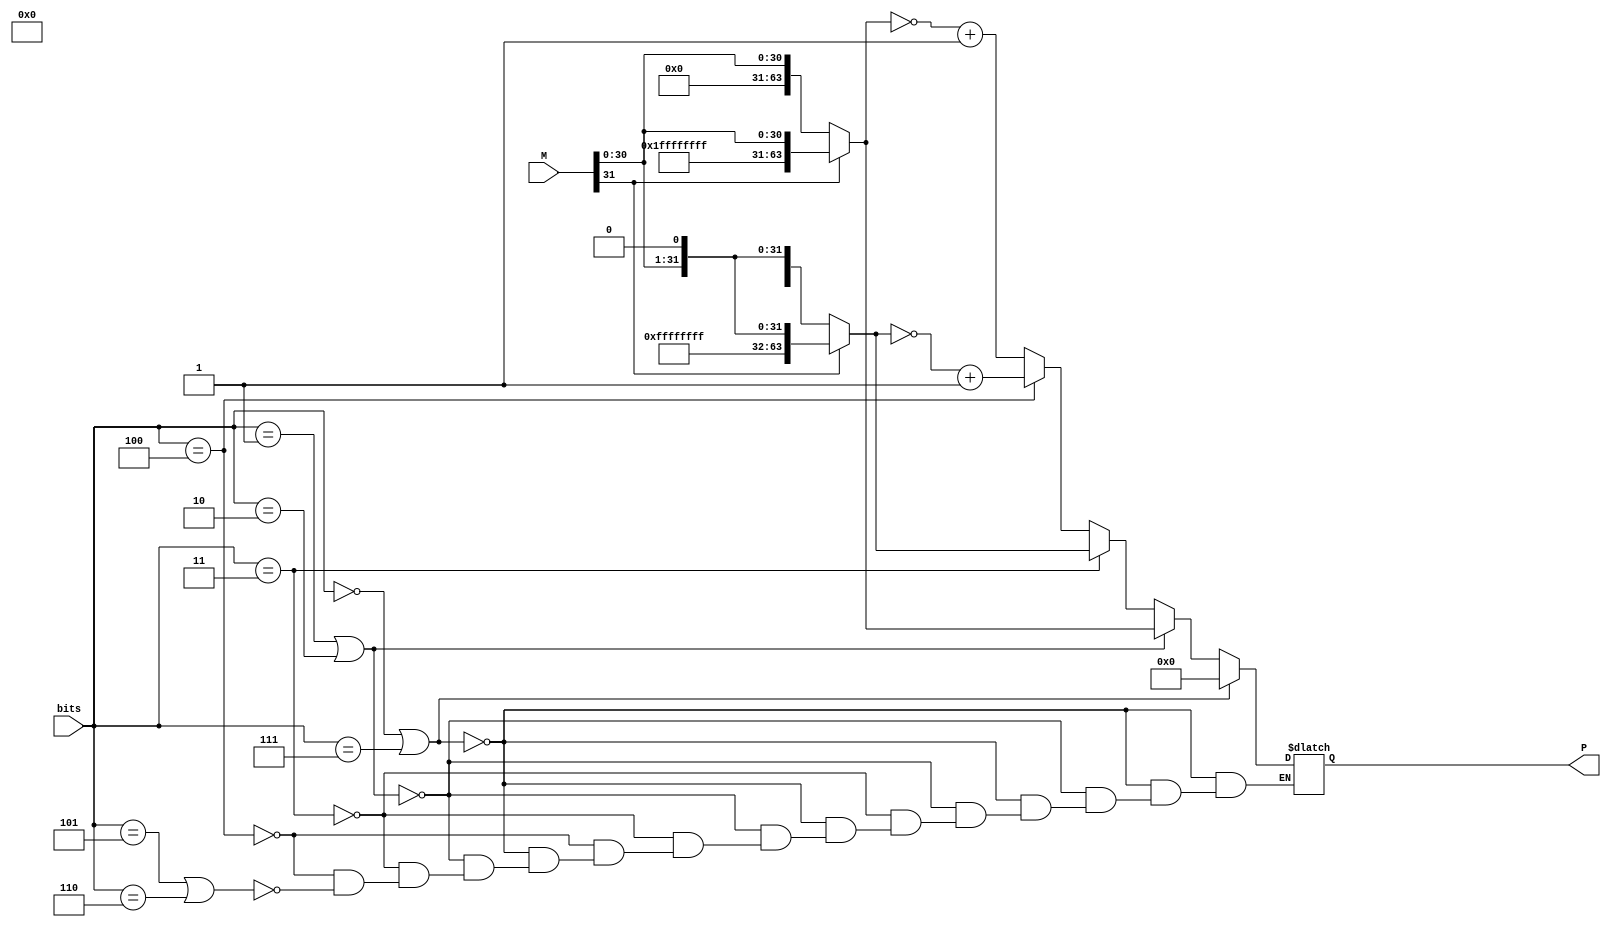
module Booth_encoder(input [2:0] bits, input [31:0] M,  output [63:0] P);
   reg [63:0] partial;
   reg [63:0] M1;
   
   // Output partial according to chart on slide 38 of Computer Arithmetic
   always @(bits) begin
      if (bits == 3'b000 || bits == 3'b111)
	partial = 64'b0;
      else if (bits == 3'b001 || bits == 3'b010)   
	partial = (M[31] == 1'b0)? {32'b0, M} : {32'hFFFFFFFF, M};
      else if (bits == 3'b011)
	partial = (M[31] == 1'b0)? {32'b0, M << 1} : {32'hFFFFFFFF, M << 1};
      else if (bits == 3'b100) begin
	 M1 = (M[31] == 1'b0)? {32'b0, M << 1} : {32'hFFFFFFFF, M << 1};
	 partial = ~M1 + 1;
      end
      else if (bits == 3'b101 || bits == 3'b110) begin
	M1 = (M[31] == 1'b0)? {32'b0, M} : {32'hFFFFFFFF, M};
	partial = ~M1 + 1;
      end
   end // always @ (bits)

   assign P = partial;
   
   
endmodule // Booth_encoder